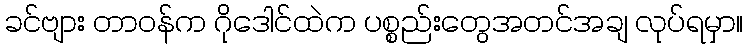
ခင်ဗျား တာဝန်က ဂိုဒေါင်ထဲက ပစ္စည်းတွေအတင်အချ လုပ်ရမှာ။